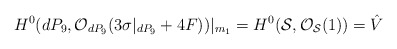
\begin{align*}H^{0}(dP_9, {\cal O}_{dP_9}(3 \sigma|_{dP_9} +4F))|_{m_1}=H^{0}({\cal S}, {\cal O}_{{\cal S}}(1)) = \hat{V}\end{align*}